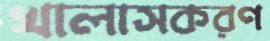
খালাসকরণ